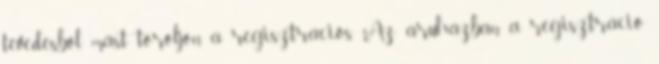
tévedésből mást töröljön a regisztrációs Az áruházban a regisztráció